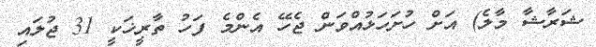
ޝަރާޝާ މާލެ) އަށް ހުށަހަޅުއްވަން ޖެހޭ އެންމެ ފަހު ތާރީޚަކީ 31 ޖުލައި